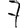
Digit: 7